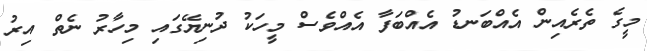
މީގެ ތެރެއިން އެއްބަނޑު އެއްބަފާ އެއްވެސް މީހަކު ދުނިޔޭގައި މިހާރު ނެތް އިރު